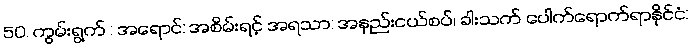
50. ကွမ်းရွက် : အရောင်: အစိမ်းရင့် အရသာ: အနည်းငယ်စပ်၊ ခါးသက် ပေါက်ရောက်ရာနိုင်ငံ: